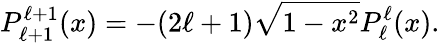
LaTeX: P_{\ell+1}^{\ell+1}(x)=-(2\ell+1)\sqrt{1-x^{2}}P_{\ell}^{\ell}(x).